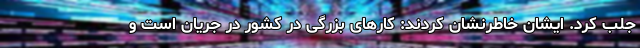
جلب کرد. ایشان خاطرنشان کردند: کارهای بزرگی در کشور در جریان است و